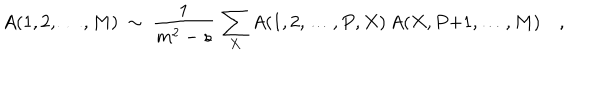
A ( 1 , 2 , \ldots , M ) \ \sim \ { \frac { 1 } { m ^ { 2 } - s } } \, \sum _ { X } A ( 1 , 2 , \ldots , P , X ) \, A ( X , P { + } 1 , \ldots , M ) \quad ,